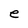
Character: e